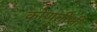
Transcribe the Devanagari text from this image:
कोणतीशी